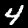
Digit: 4